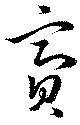
齎